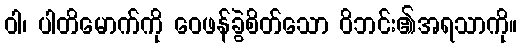
ဝါ၊ ပါတိမောက်ကို ဝေဖန်ခွဲစိတ်သော ဝိဘင်း၏အရသာကို။